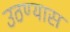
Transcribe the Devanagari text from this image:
उठण्यास